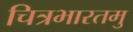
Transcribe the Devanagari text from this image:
चित्रभारतमु